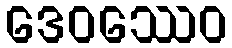
ဒေဝဿေဝ